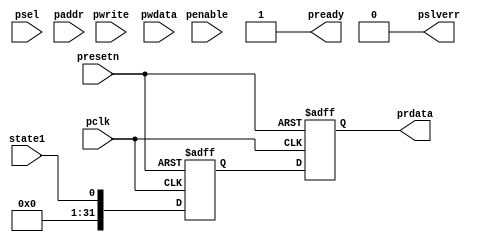
module custom_apb_button #(
	parameter ADDRWIDTH = 12)
	(
	
	//SYSTEM
	input wire                       pclk,
	input wire                       presetn,
	
	//APB
	input  wire                      psel,
	input  wire [ADDRWIDTH-1:0]      paddr,
	input  wire                      penable,
	input  wire                      pwrite,
	input  wire [31:0]               pwdata,
	output reg  [31:0]               prdata,
	output wire                      pready,
	output wire                      pslverr,
	
	//INTERFACE
	input wire                       state1       
	
	);

  	assign   pready  = 1'b1;	//always ready. Can be customized to support waitstate if required.
  	assign   pslverr = 1'b0;	//alwyas OKAY. Can be customized to support error response if required.

	reg		[31:0]		btn_reg;
	always @ (posedge pclk or negedge presetn)
	begin
		if(~presetn) begin
			btn_reg <= 32'h1;
		end else begin
			btn_reg <= {{31{1'b0}},state1}; 
		end
	end	

  	always @(posedge pclk or negedge presetn)
	begin
		if (~presetn) begin
			prdata <= 32'h01;
		end else begin
			prdata <= btn_reg;
		end
	end

endmodule